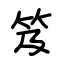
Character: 笈